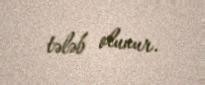
tələb olunur.